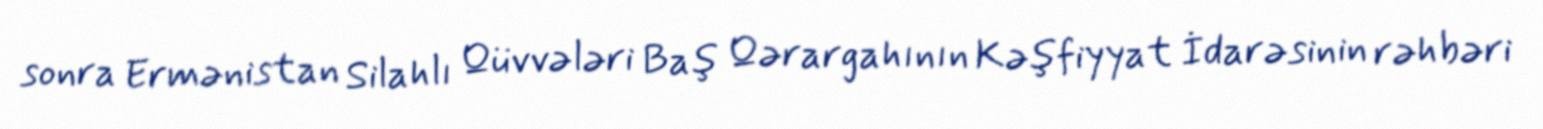
sonra Ermənistan Silahlı Qüvvələri Baş Qərargahının Kəşfiyyat İdarəsinin rəhbəri